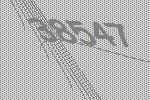
38547